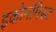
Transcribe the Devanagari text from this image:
इकोनमिस्ट